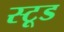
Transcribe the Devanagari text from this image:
स्टूड